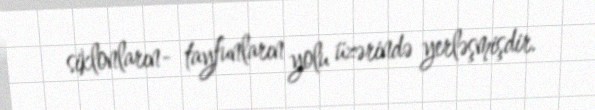
siklonların- tayfunların yolu üzərində yerləşmişdir.